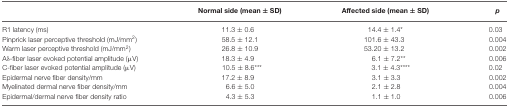
<table><thead><tr><td></td><td><b>Normal side (mean ± SD)</b></td><td><b>Affected side (mean ± SD)</b></td><td><b><i>p</i></b></td></tr></thead><tbody><tr><td>R1 latency (ms)</td><td>11.3 ± 0.6</td><td>14.4 ± 1.4*</td><td>0.03</td></tr><tr><td>Pinprick laser perceptive threshold (mJ/mm<sup>2</sup>)</td><td>58.5 ± 12.1</td><td>101.6 ± 43.3</td><td>0.004</td></tr><tr><td>Warm laser perceptive threshold (mJ/mm<sup>2</sup>)</td><td>26.8 ± 10.9</td><td>53.20 ± 13.2</td><td>0.002</td></tr><tr><td>Aδ-fiber laser evoked potential amplitude (μV)</td><td>18.3 ± 4.9</td><td>6.1 ± 7.2**</td><td>0.006</td></tr><tr><td>C-fiber laser evoked potential amplitude (μV)</td><td>10.5 ± 8.6***</td><td>3.1 ± 4.3****</td><td>0.02</td></tr><tr><td>Epidermal nerve fiber density/mm</td><td>17.2 ± 8.9</td><td>3.1 ± 3.3</td><td>0.002</td></tr><tr><td>Myelinated dermal nerve fiber density/mm</td><td>6.6 ± 5.0</td><td>2.1 ± 2.8</td><td>0.004</td></tr><tr><td>Epidermal/dermal nerve fiber density ratio</td><td>4.3 ± 5.3</td><td>1.1 ± 1.0</td><td>0.006</td></tr></tbody></table>